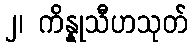
၂၊ ကိန္နုသီဟသုတ်